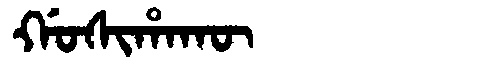
Manchu: ᡤᠣᠰᡳᡥᠠᡴᡡ
Romanization: GOSIHAKŪ